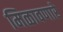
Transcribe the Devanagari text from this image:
मिळावणारे